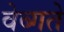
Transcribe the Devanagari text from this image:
वेब्गते